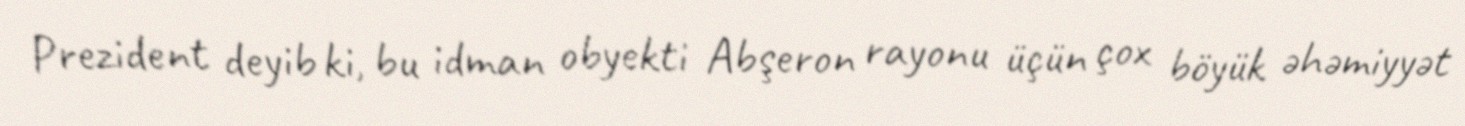
Prezident deyib ki, bu idman obyekti Abşeron rayonu üçün çox böyük əhəmiyyət